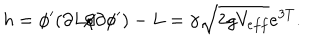
h = \phi ^ { \prime } ( \partial L / \partial \phi ^ { \prime } ) - L = \gamma \sqrt { 2 g V _ { e f f } } e ^ { 3 T } .